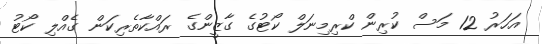
އަހަރު 12 މަސް ކުރިން ކްރިމިނަލް ކޯޓުގެ ގާޒީންގެ ރައްކާތެރިކަން ގެއްލި ކޯޓު